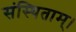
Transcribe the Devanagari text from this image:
संस्थिताम्‌।